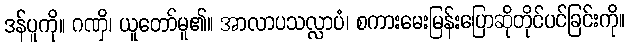
ဒန်ပူကို။ ဂဏှိ၊ ယူတော်မူ၏။ အာလာပသလ္လာပံ၊ စကားမေးမြန်းပြောဆိုတိုင်ပင်ခြင်းကို။